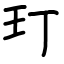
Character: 玎